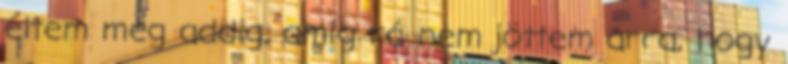
éltem meg addig, amíg rá nem jöttem arra, hogy